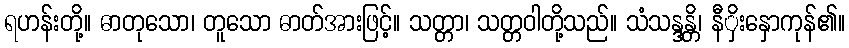
ရဟန်းတို့။ ဓာတုသော၊ တူသော ဓာတ်အားဖြင့်။ သတ္တာ၊ သတ္တဝါတို့သည်။ သံသန္ဒန္တိ၊ နီှိးနှောကုန်၏။